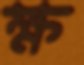
ক্ষ